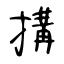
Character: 搆